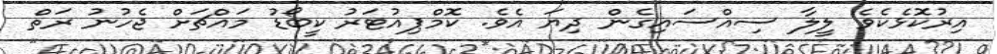
އިރުކޮޅެކެވެ ލީލާ ސިއްސައިގެން ދިޔަ އެވެ. ކޮމްޕިއުޓަރު ކީބޯޑު މައްޗަށް ޖެހުނު ރަތް